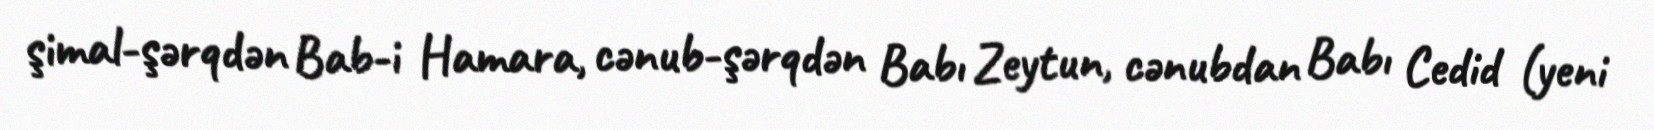
şimal-şərqdən Bab-i Hamara, cənub-şərqdən Babı Zeytun, cənubdan Babı Cedid (yeni